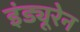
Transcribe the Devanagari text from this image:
इंड्यूरेन